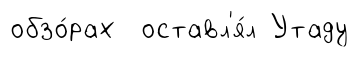
обзо́рах оставл'я́л Утаду